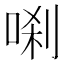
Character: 𭈗